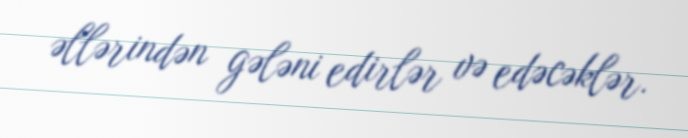
əllərindən gələni edirlər və edəcəklər.